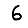
Digit: 6